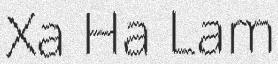
Xa Ha Lam